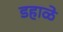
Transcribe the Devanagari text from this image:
डहाळे